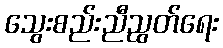
သွေးစည်းညီညွတ်ရေး